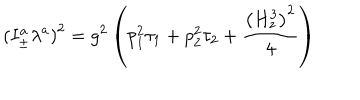
\left( I _ { \pm } ^ { a } \lambda ^ { a } \right) ^ { 2 } = g ^ { 2 } \left( p _ { 1 } ^ { 2 } \tau _ { 1 } + p _ { 2 } ^ { 2 } \tau _ { 2 } + \frac { \left( H _ { z } ^ { 3 } \right) ^ { 2 } } 4 \right)